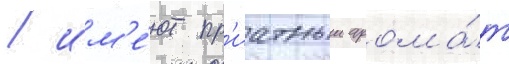
/ им'е́ют пр'иатныи арома́т